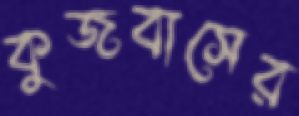
কুজবাসের